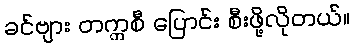
ခင်ဗျား တက္ကစီ ပြောင်း စီးဖို့လိုတယ်။